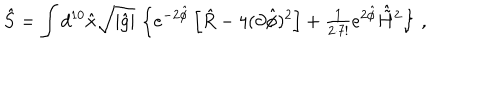
\hat { S } = \int d ^ { 1 0 } \hat { x } \sqrt { | \hat { g } | } \, \left\{ e ^ { - 2 \hat { \phi } } \left[ \hat { R } - 4 ( \partial \hat { \phi } ) ^ { 2 } \right] + { \textstyle \frac { 1 } { 2 \cdot 7 ! } } e ^ { 2 \hat { \phi } } \hat { \tilde { H } } { } ^ { 2 } \right\} \, ,